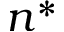
n ^ { * }